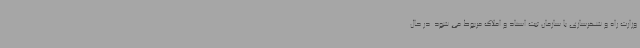
وزارت راه و شهرسازی با سازمان ثبت اسناد و املاک مربوط می شود. در حال